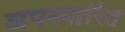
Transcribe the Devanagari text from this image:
अपस्मारित